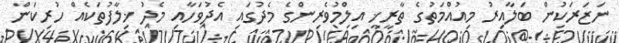
ނަޒަރަކުން ބަލާއިރު މިއުއްމަތުގެ ތާރީޚީ އިލްމުވެރިންގެ މެދުގައި އެދުވަހާއި މެދު ޚިލާފުތަކެއް ހުރިކަން